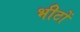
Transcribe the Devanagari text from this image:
भीटों